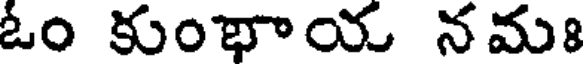
ఓం కుంభాయ నమః